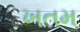
ખતમ